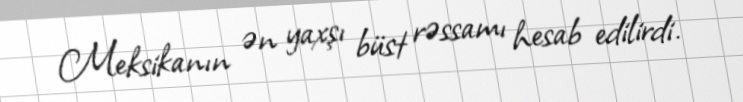
Meksikanın ən yaxşı büst rəssamı hesab edilirdi.